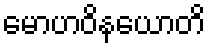
မောဟဝိနယောတိ